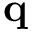
\mathbf { q }